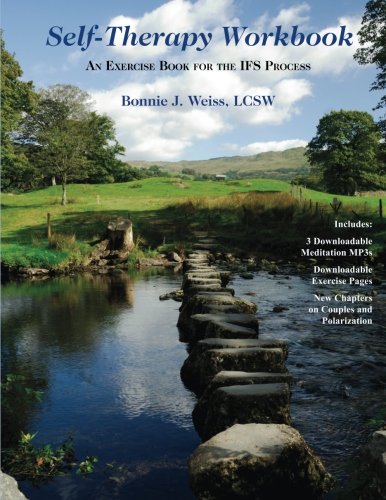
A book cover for Self-Therapy Workbook: An Exercise Book For The IFS Process; Bonnie J. Weiss LCSW; Self-Help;